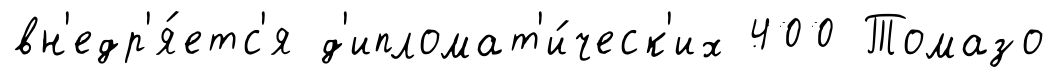
вн'едр'я́етс'я д'ипломат'и́ческ'их 400 Томазо